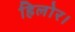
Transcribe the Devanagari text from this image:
हिलोर।